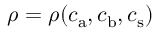
{ \rho = \rho ( c _ { \mathrm { a } } , c _ { \mathrm { b } } , c _ { \mathrm { s } } ) }